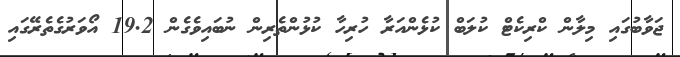
ޖަވާބުގައި މިލާން ކްރިކެޓް ކުލަބް ކުޅެންއަރާ ހުރިހާ ކުޅުންތެރިން ނުބައިވެގެން 19.2 އޯވަރުގެތެރޭގައި